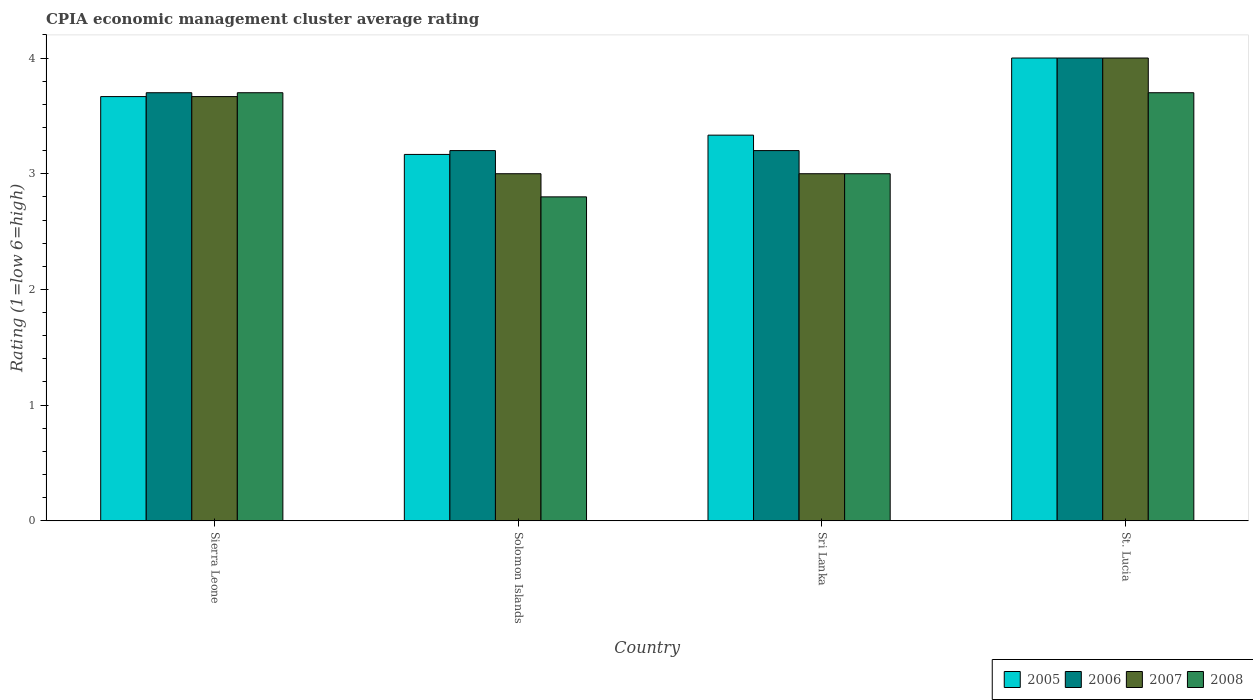
| Country | 2005 | 2006 | 2007 | 2008 |
 | --- | --- | --- | --- | --- |
 | Sierra Leone | 3.67 | 3.7 | 3.67 | 3.7 |
 | Solomon Islands | 3.17 | 3.2 | 3 | 2.8 |
 | Sri Lanka | 3.33 | 3.2 | 3 | 3 |
 | St. Lucia | 4 | 4 | 4 | 3.7 |